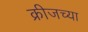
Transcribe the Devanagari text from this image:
क्रीजच्या